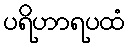
ပရိဟာရပထံ